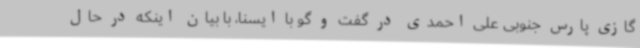
گازی پارس جنوبی علی احمدی در گفت و گو با ایسنا، با بیان اینکه در حال